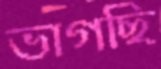
ভাগছি